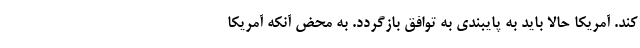
کند. آمریکا حالا باید به پایبندی به توافق بازگردد. به محض آنکه آمریکا